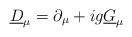
LaTeX: \begin{align*}\underline{D}_{\mu} = \partial_{\mu} + ig \underline{G}_{\mu}\end{align*}